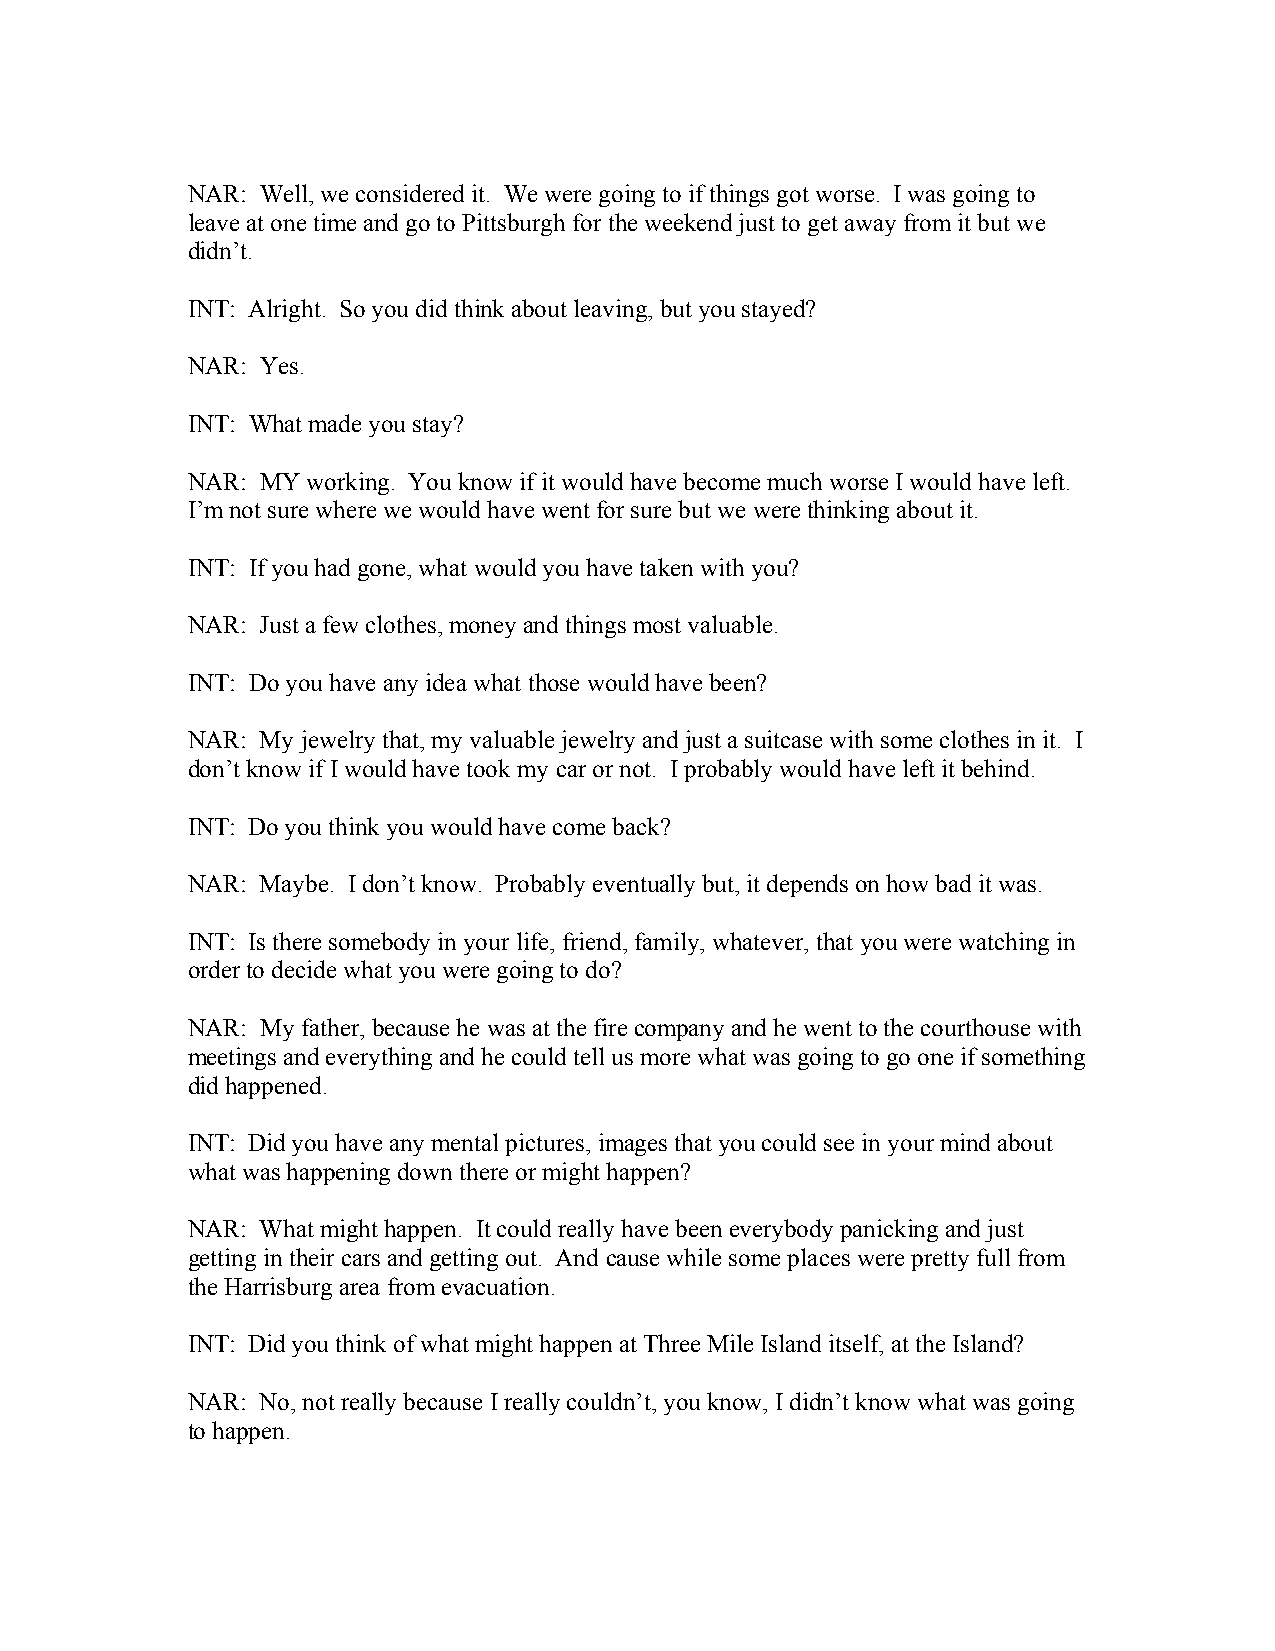
NAR: Well, we considered it. We were going to if things got worse. I was going to
 leave at one time and go to Pittsburgh for the weekend just to get away from it but we
 didn’t.
 INT: Alright. So you did think about leaving, but you stayed?
 NAR: Yes.
 INT: What made you stay?
 NAR: MY working. You know if it would have become much worse I would have left.
 I’m not sure where we would have went for sure but we were thinking about it.
 INT: If you had gone, what would you have taken with you?
 NAR: Just a few clothes, money and things most valuable.
 INT: Do you have any idea what those would have been?
 NAR: My jewelry that, my valuable jewelry and just a suitcase with some clothes in it. I
 don’t know if I would have took my car or not. I probably would have left it behind.
 INT: Do you think you would have come back?
 NAR: Maybe. I don’t know. Probably eventually but, it depends on how bad it was.
 INT: Is there somebody in your life, friend, family, whatever, that you were watching in
 order to decide what you were going to do?
 NAR: My father, because he was at the fire company and he went to the courthouse with
 meetings and everything and he could tell us more what was going to go one if something
 did happened.
 INT: Did you have any mental pictures, images that you could see in your mind about
 what was happening down there or might happen?
 NAR: What might happen. It could really have been everybody panicking and just
 getting in their cars and getting out. And cause while some places were pretty full from
 the Harrisburg area from evacuation.
 INT: Did you think of what might happen at Three Mile Island itself, at the Island?
 NAR: No, not really because I really couldn’t, you know, I didn’t know what was going
 to happen.